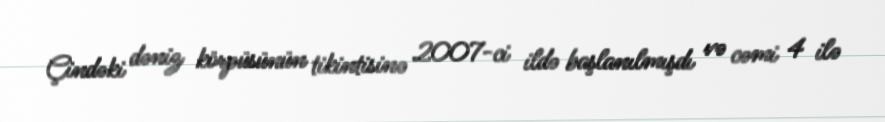
Çindəki dəniz körpüsünün tikintisinə 2007-ci ildə başlanılmışdı və cəmi 4 ilə